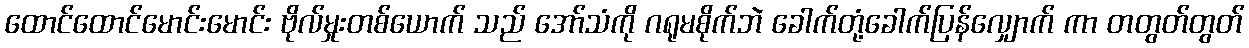
ထောင်ထောင်မောင်းမောင်း ဗိုလ်မှုးတစ်ယောက် သည် အော်သံကို ဂရုမစိုက်ဘဲ ခေါက်တုံ့ခေါက်ပြန်လျှောက် ကာ တတွတ်တွတ်